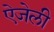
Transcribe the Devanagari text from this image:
ऐजेली